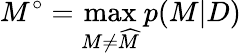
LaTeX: M^{\circ}=\operatorname*{max}_{M\neq\widehat{M}}p(M|D)